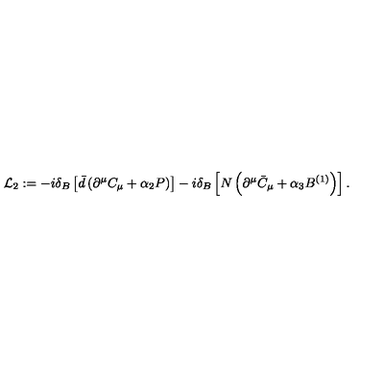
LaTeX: { \cal L } _ { 2 } : = - i \delta _ { B } \left[ \bar { d } \left( \partial ^ { \mu } C _ { \mu } + \alpha _ { 2 } P \right) \right] - i \delta _ { B } \left[ N \left( \partial ^ { \mu } \bar { C } _ { \mu } + \alpha _ { 3 } B ^ { ( 1 ) } \right) \right] .